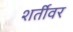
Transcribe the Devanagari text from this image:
शर्तीवर